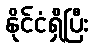
နိုင်ငံရှိပြီး